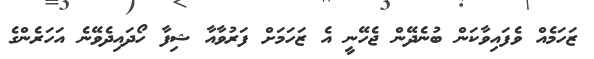
ޒަހަމެއް ވެފައިވާކަން ބުނެދޭން ޖެހޭނީ އެ ޒަހަމަށް ފަރުވާއާ ޝިފާ ހޯދައިދެވޭނެ އަހަރެންގެ